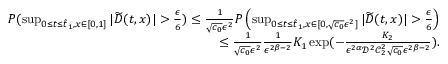
\begin{array} { r } { P ( \operatorname* { s u p } _ { 0 \leq t \leq \hat { t } _ { 1 } , x \in [ 0 , 1 ] } | \widetilde { D } ( t , x ) | > \frac { \epsilon } { 6 } ) \leq \frac { 1 } { \sqrt { c _ { 0 } } \epsilon ^ { 2 } } P \left( \operatorname* { s u p } _ { 0 \leq t \leq \hat { t } _ { 1 } , x \in [ 0 , \sqrt { c _ { 0 } } \epsilon ^ { 2 } ] } | \widetilde { D } ( t , x ) | > \frac { \epsilon } { 6 } \right) } \\ { \leq \frac { 1 } { \sqrt { c _ { 0 } } \epsilon ^ { 2 } } \frac { 1 } { \epsilon ^ { 2 \beta - 2 } } K _ { 1 } \exp ( - \frac { K _ { 2 } } { \epsilon ^ { 2 \alpha } \mathcal { D } ^ { 2 } \mathcal { C } _ { 2 } ^ { 2 } \sqrt { c _ { 0 } } \epsilon ^ { 2 \beta - 2 } } ) . } \end{array}